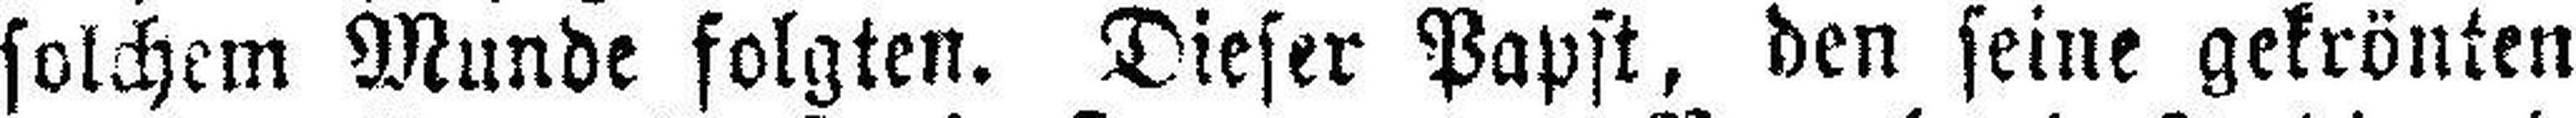
solchem Munde folgten. Dieser Papst, den seine gekrönten